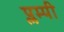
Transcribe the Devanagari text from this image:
प्लम्पी